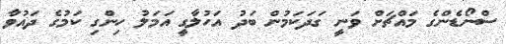
ސްނޯޑެންގެ މައްޗަށް ވަނީ ގަދަކަމުން ބަދު އަހުލާގީ އަމަލު ހިންގި ކަަމުގެ ދައުވާ